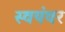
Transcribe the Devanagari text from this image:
स्‍वयंवर